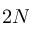
2 N